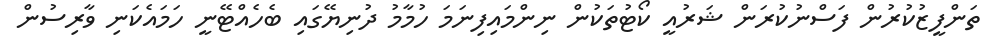
ތަންފީޒުކުރުން ފަސްނުކުރަން ޝަރުއީ ކޯޓުތަކުން ނިންމައިފިނަމަ ހުމާމު ދުނިޔޭގައި ބެހެއްޓޭނީ ހަމައެކަނި ވާރިސުން